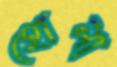
হোলা